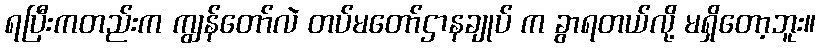
ရပြီးကတည်းက ကျွန်တော်လဲ တပ်မတော်ဌာနချုပ် က ခွာရတယ်လို့ မရှိတော့ဘူး။